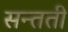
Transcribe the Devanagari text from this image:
सन्तती